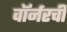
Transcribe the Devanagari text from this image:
वॉर्नरची